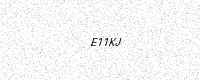
Text: E11KJ